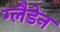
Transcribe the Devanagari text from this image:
ग्लैडेन